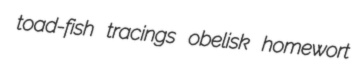
toad-fish tracings obelisk homewort